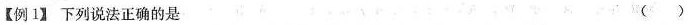
【例1】下列说法正确的是（ ）